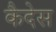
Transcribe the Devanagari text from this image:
कैदेस